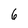
Character: 6